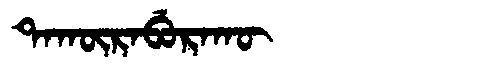
Manchu: ᡨᠠᡴᡡᡵᠠᠪᡠᡵᠠᡴᡡ
Romanization: TAKŪRABURAKŪ